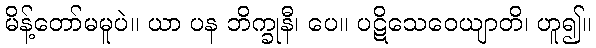
မိန့်တော်မမူပဲ။ ယာ ပန ဘိက္ခုနီ၊ ပေ။ ပဋိသေဝေယျာတိ၊ ဟူ၍။